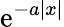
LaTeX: \operatorname{e}^{-a|x|}